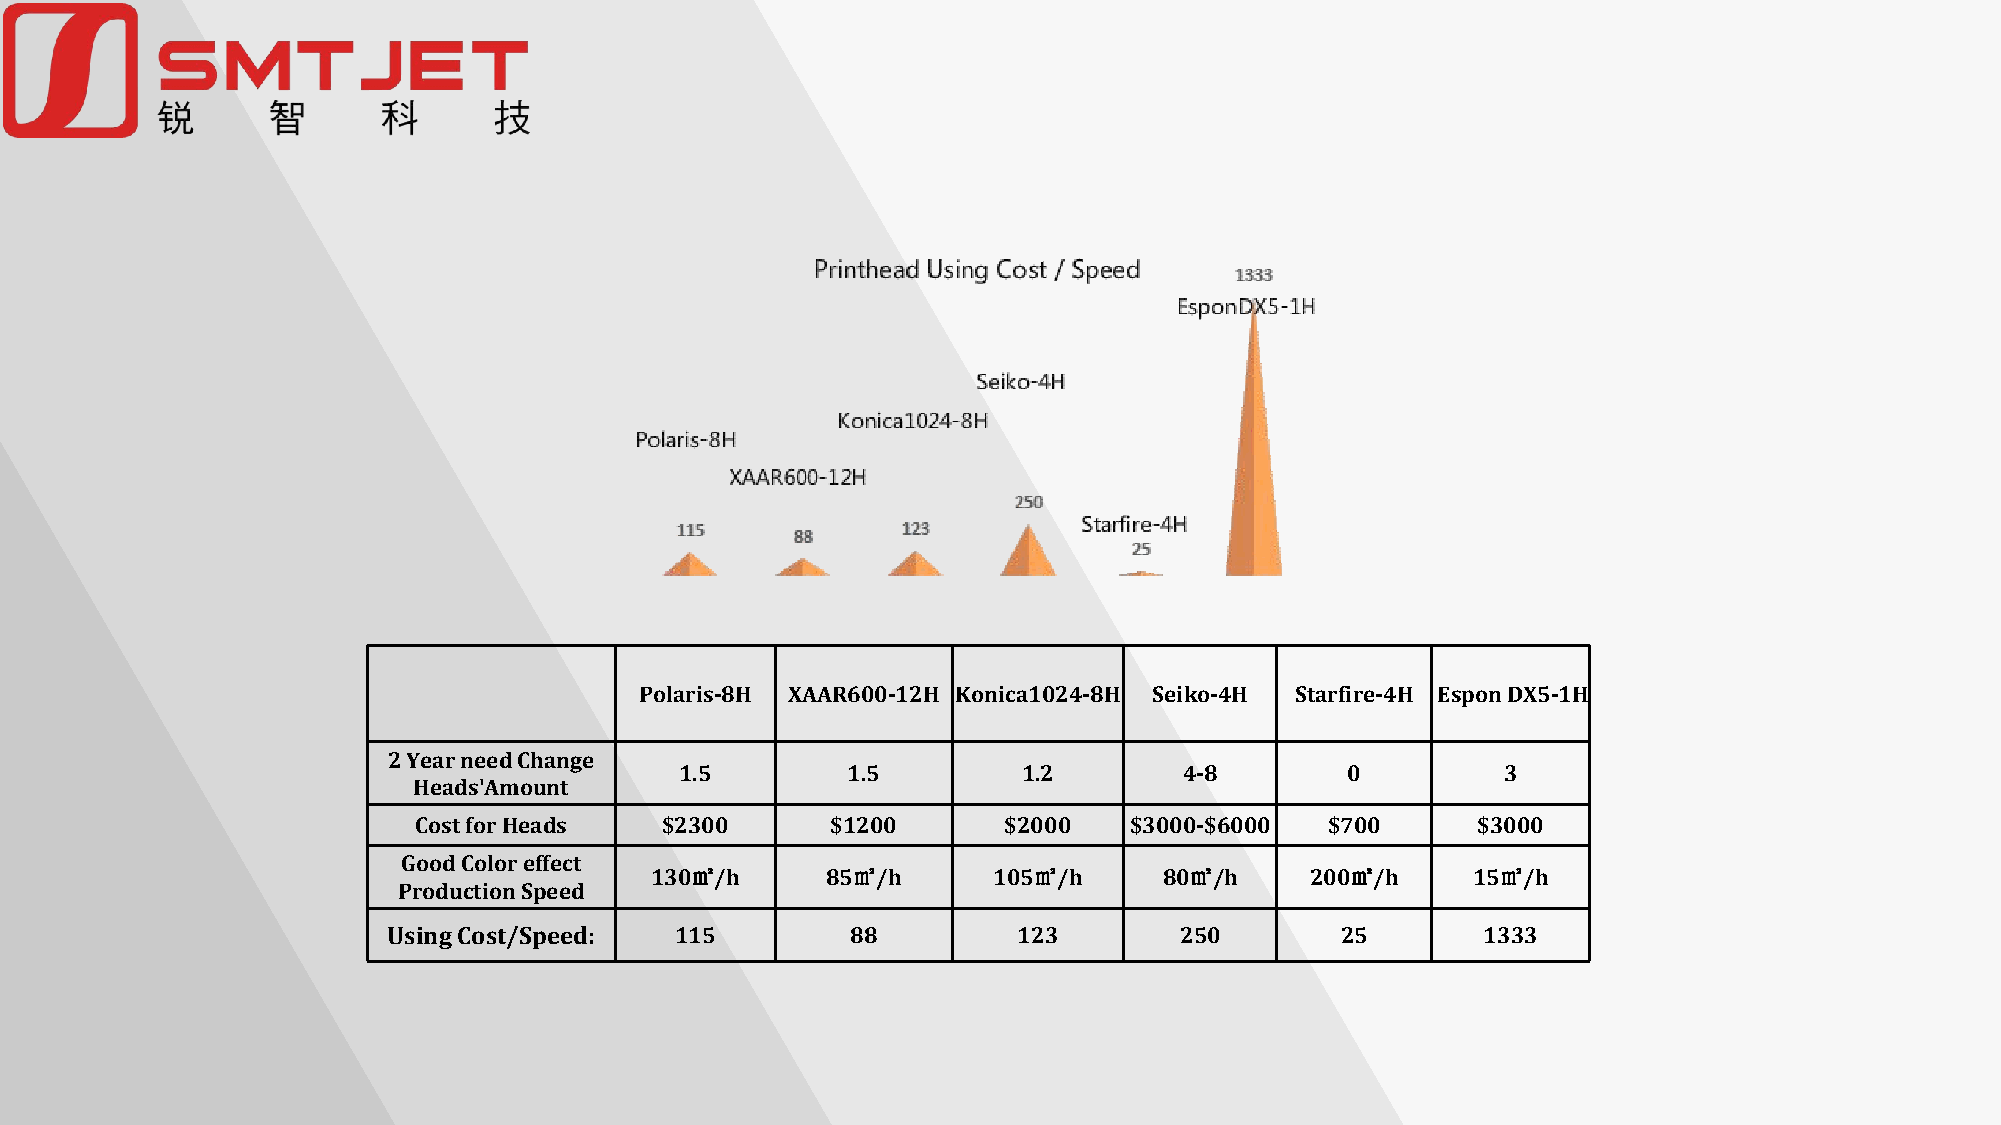
Polaris-8H XAAR600-12H Konica1024-8H Seiko-4H Starfire-4H Espon DX5-1H
 2 Year need Change
 1.5        1.5         1.2       4-8        0          3
 Heads'Amount
 Cost for Heads   $2300      $1200      $2000    $3000-$6000  $700      $3000
 Good Color effect
 130㎡/h      85㎡/h      105㎡/h     80㎡/h     200㎡/h    15㎡/h
 Production Speed
 Using Cost/Speed:  115        88         123        250        25       1333